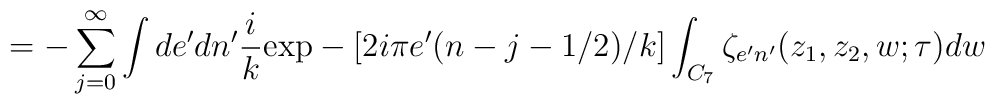
=-\sum_{j=0}^{\infty}\int de'dn'\frac{i}{k}\mbox{exp}-[2i\pi e'(n-j-1/2)/k]\int_{C_{7}} \zeta_{e'n'}(z_{1},z_{2},w;\tau)dw